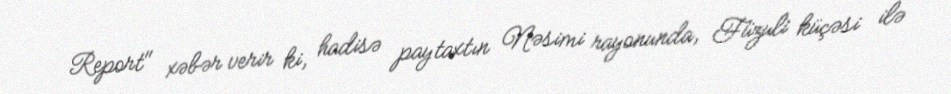
Report" xəbər verir ki, hadisə paytaxtın Nəsimi rayonunda, Füzuli küçəsi ilə